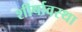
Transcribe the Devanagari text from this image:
शीर्षावस्था